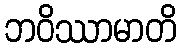
ဘဝိဿာမာတိ